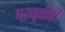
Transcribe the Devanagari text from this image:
प्रकृतीही